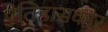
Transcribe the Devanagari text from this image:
ऐतिहासकार